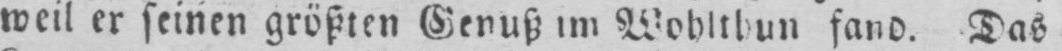
weil er seinen größten Genuß im Wohlthun fand. Das